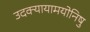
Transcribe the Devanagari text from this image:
उदक्यायामयोनिषु